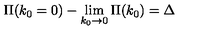
\Pi ( k _ { 0 } = 0 ) - \lim _ { k _ { 0 } \rightarrow 0 } \Pi ( k _ { 0 } ) = \Delta